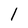
Character: l